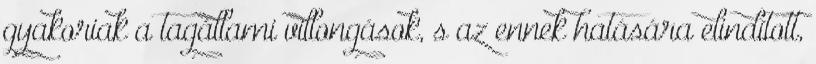
gyakoriak a tagállami villongások, s az ennek hatására elindított,